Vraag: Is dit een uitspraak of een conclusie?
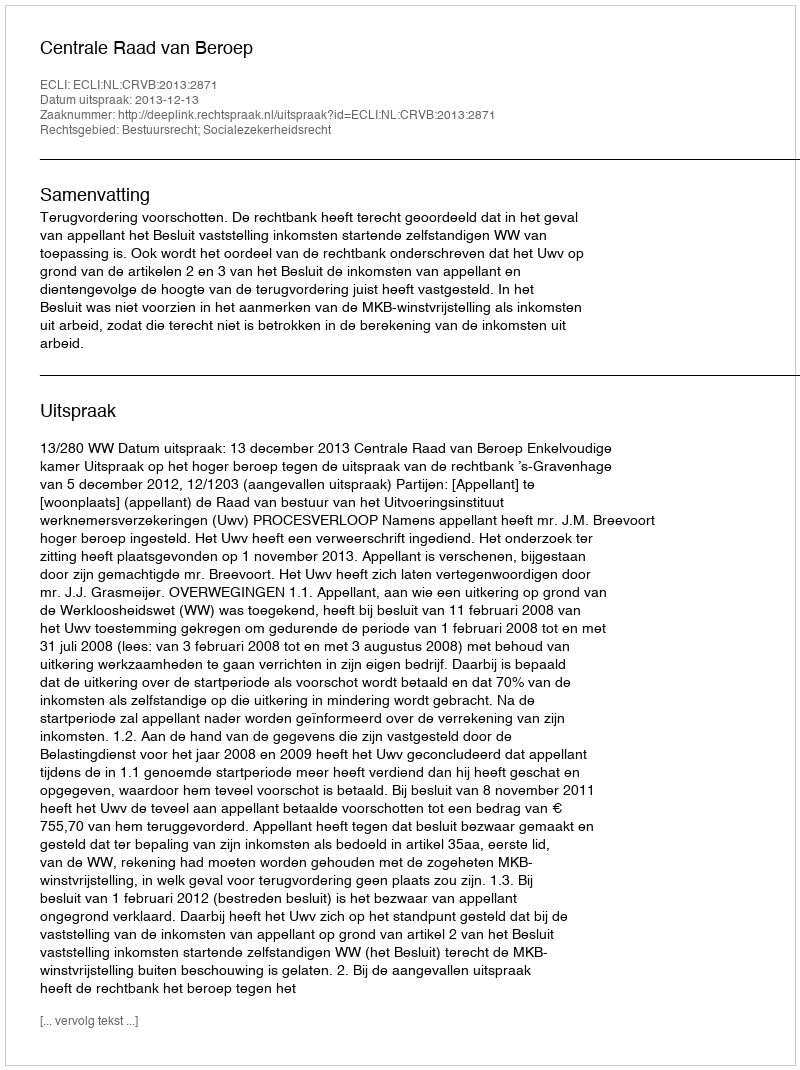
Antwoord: Uitspraak